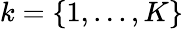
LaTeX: k=\{ 1,...,K\}